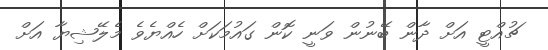
ޗުއްޓީ އަށް ދާން ބޭނުން ވަނީ ކޮން ގައުމަކަށް ހެއްޔެވެ މެލޭޝިޔާ އަށް